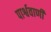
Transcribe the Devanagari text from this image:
पार्श्ववाणी